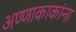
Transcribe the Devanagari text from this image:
अण्णाकाकांना